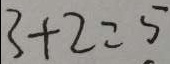
3 + 2 = 5